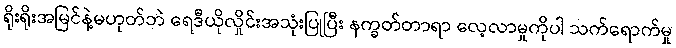
ရိုးရိုးအမြင်နဲ့မဟုတ်ဘဲ ရေဒီယိုလှိုင်းအသုံးပြုပြီး နက္ခတ်တာရာ လေ့လာမှုကိုပါ သက်ရောက်မှု